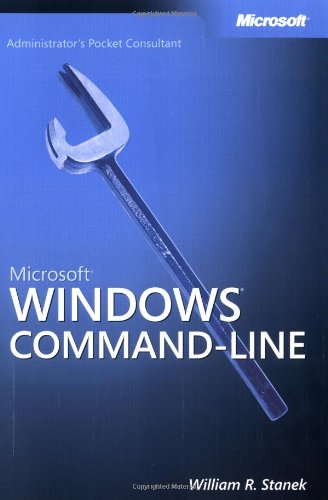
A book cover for MicrosoftÂ® WindowsÂ® Command-Line Administrator's Pocket Consultant; William R. Stanek; Computers & Technology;